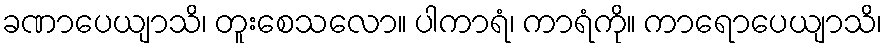
ခဏာပေယျာသိ၊ တူးစေသလော။ ပါကာရံ၊ ကာရံကို။ ကာရောပေယျာသိ၊